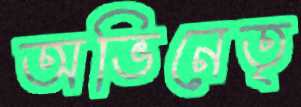
অভিনেতৃ